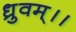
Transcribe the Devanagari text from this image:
ध्रुवम्।।